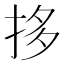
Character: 拸